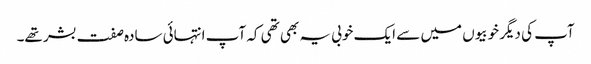
آپ کی دیگر خوبیوں میں سے ایک خوبی یہ بھی تھی کہ آپ انتہائی سادہ صفت بشر تھے۔